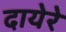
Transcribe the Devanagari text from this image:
दायेरे